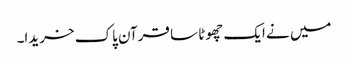
میں نے ایک چھوٹا سا قرآن پاک خریدا۔